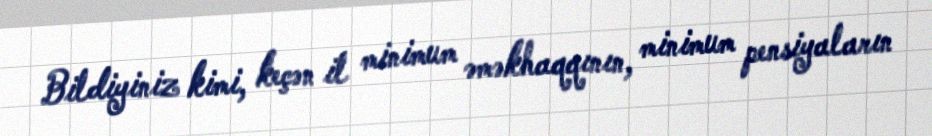
Bildiyiniz kimi, keçən il minimum əməkhaqqının, minimum pensiyaların